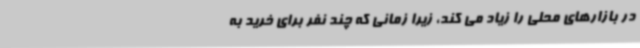
در بازارهای محلی را زیاد می کند، زیرا زمانی که چند نفر برای خرید به